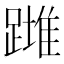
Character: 𨄺